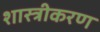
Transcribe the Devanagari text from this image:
शास्त्रीकरण